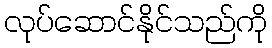
လုပ်ဆောင်နိုင်သည်ကို